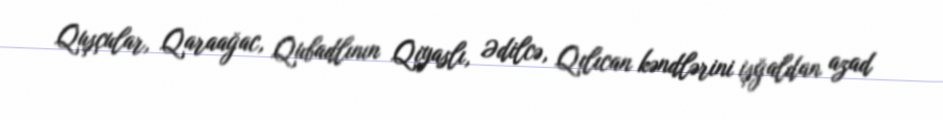
Quşçular, Qaraağac, Qubadlının Qiyaslı, Ədilcə, Qılıcan kəndlərini işğaldan azad